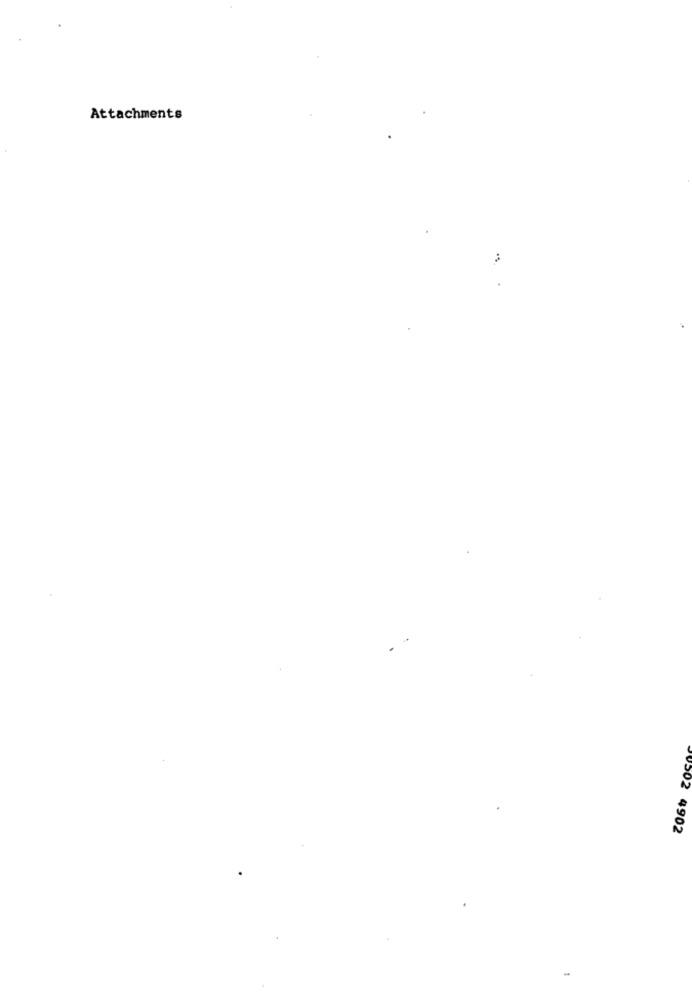
Attachments
90502 4902